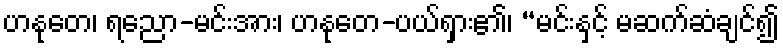
ဟနုတေ၊ ရညော-မင်းအား၊ ဟနုတေ-ပယ်ရှား၏၊ “မင်းနှင့် မဆက်ဆံချင်၍